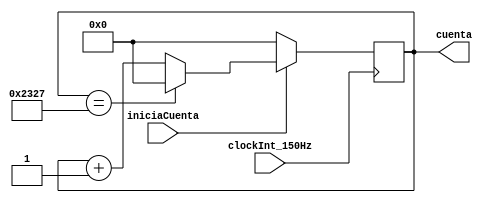
`timescale 1ms / 1ns
//////////////////////////////////////////////////////////////////////////////////
// Company:  Universidad Tecnolgica Nacional - Facutlad Regional Crdoba
// 
// Design Name:
// Module Name:    contadorDetecta1minuto
// Project Name:   MontacargasProyectoFinal
// Target Devices:
// Tool versions:
// Description:    Este contador trabaja con un reloj de 150Hz. La funcin que tiene es de
//    contar hasta 1 minuto, accin necesaria para que el montacargas se vaya al piso 1 en
//    caso de que se encuentre dicho tiempo en desuso.
//     Si pensamos en un reloj de perodo 60 seg, entonces su frencuencia sera de 0.016Hz.
//    Luego,dicha frecuencia se encuentra 150Hz/0.016Hz=9000 veces en el reloj de entrada.
//    Entocnes, si el contador inicia en 0, deber contar hasta 8999, y con eso detectar
//    el minuto en desuso.
// Dependencies:
//
// Revision:
// Revision 0.01 - File Created
// Additional Comments:
//
//////////////////////////////////////////////////////////////////////////////////
module contadorDetecta1minuto(
  input         clockInt_150Hz,
  input         iniciaCuenta,  // Esta seal tambin cumple la funcin de reset.
  output [13:0] cuenta
  );

  reg[13:0] cuentaAux = 14'd0;	// Se parte sabiendo que el clock a usar es de 150Hz. Es 
  parameter DIVISOR = 14'd9000; //necesario detectar un per. de 1min, cuya freiq. es f=16mHz.
                                //Para dividir el clock de 150Hz a 0.016Hz, se necesita un
                                //contador que llegue hasta 150Hz/0.016Hz=9000. Entonces,
                                //se usan 14 bits (2^14=16384).

  always@( posedge clockInt_150Hz )
  begin
    
    if( iniciaCuenta == 1 ) // Si iniciaCuenta==1, empieza a contar.
    begin
      cuentaAux <= cuentaAux + 14'd1;// El contador se +1 por cada pulso del clockInt_150Hz.
      if( cuentaAux == (DIVISOR-1) ) // Si la cuenta==8999, resetea la cuenta.
        cuentaAux <= 14'd0;       
      
    end
    else                    // Si iniciaCuenta==0, la cuenta no se inicia.
    begin 
      cuentaAux <= 14'd0;
    end
    
  end // Fin de always.

  assign cuenta = cuentaAux; // Finalmente, la seal auxiliar que lleva la cuenta, se asigna
                             //a la seal de salida.

endmodule